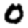
Digit: 0